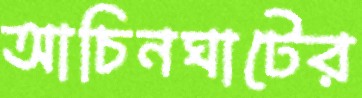
আচিনঘাটের